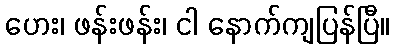
ဟေး၊ ဖန်းဖန်း၊ ငါ နောက်ကျပြန်ပြီ။